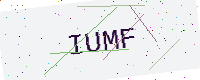
Text: IUMF